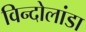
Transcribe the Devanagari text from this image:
विन्दोलांडा